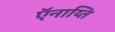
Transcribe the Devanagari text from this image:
ऍनाय्ति